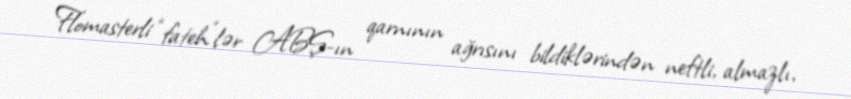
Flomasterli “fateh”lər ABŞ-ın qarnının ağrısını bildiklərindən neftli, almazlı,